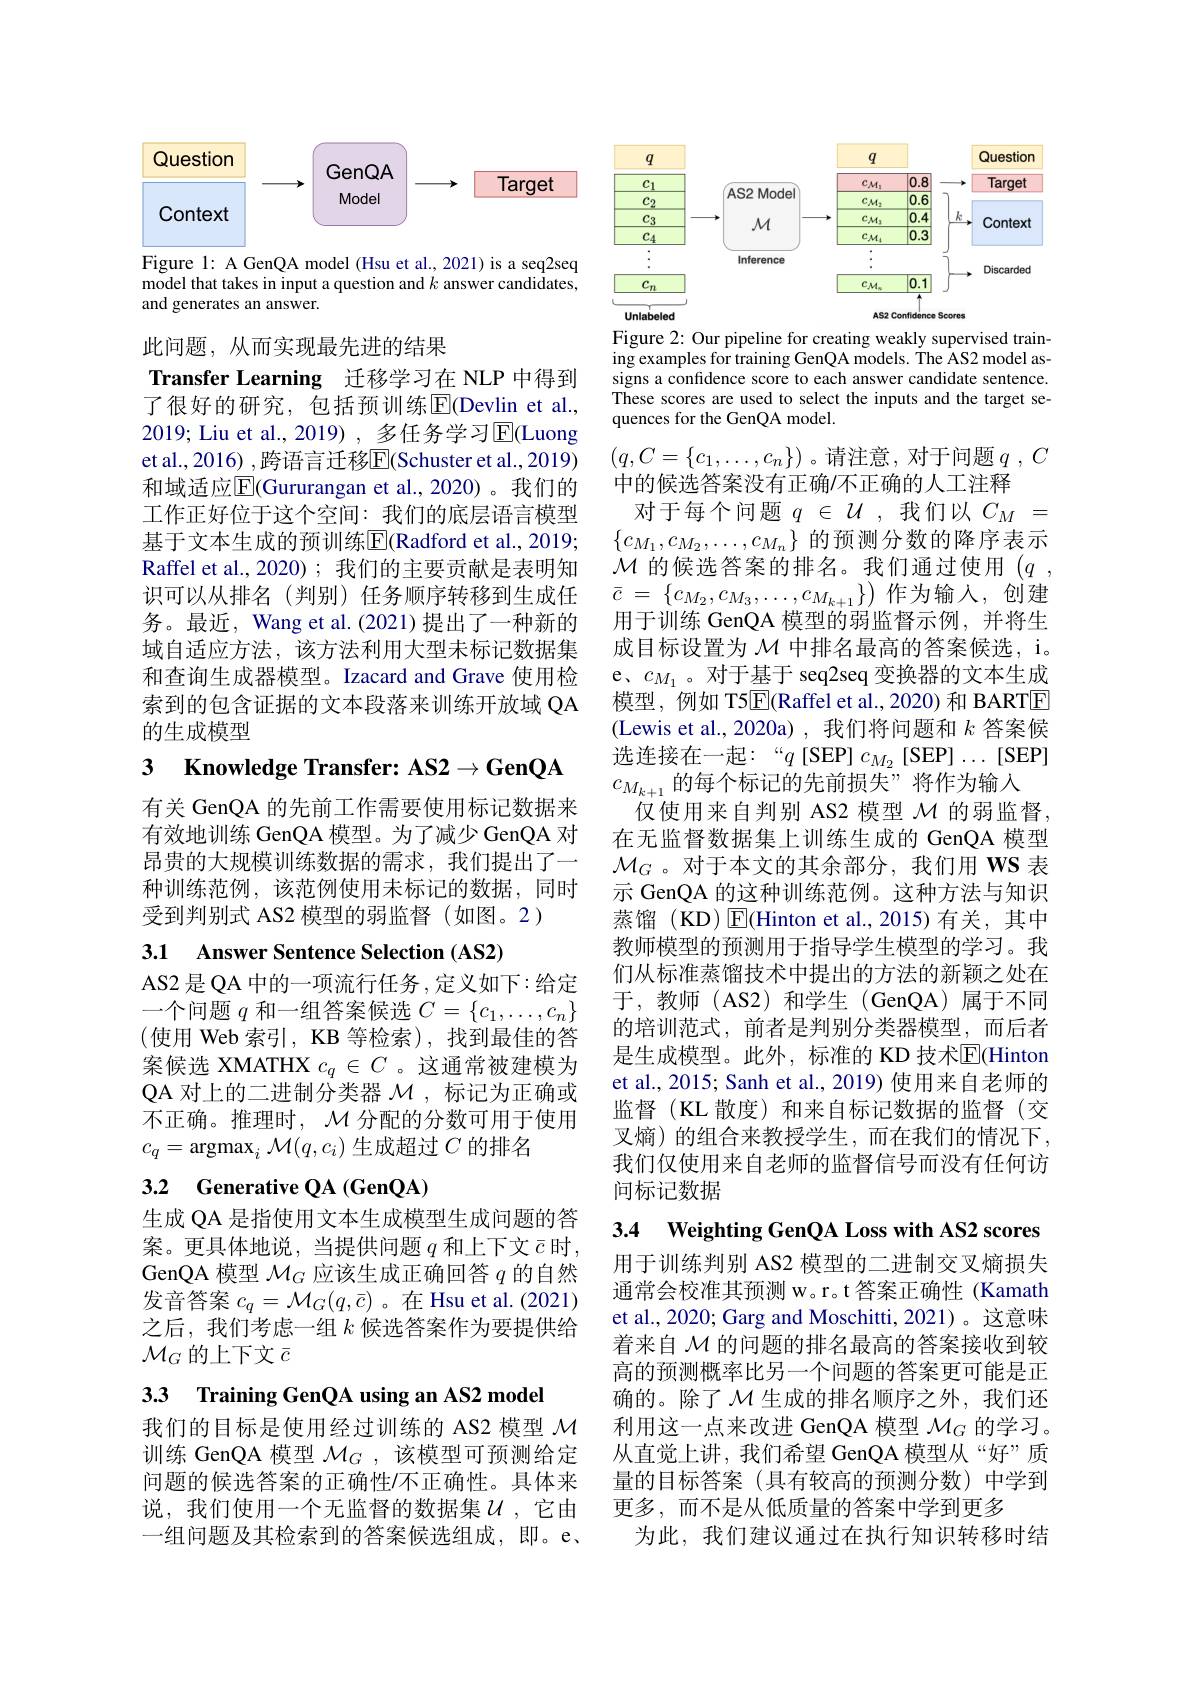
<FigureHere>

Figure 1: A GenQA model (Hsu et al.,2021) is a seq2seq model that takes in input a question and $k$ answer candidates, and generates an answer.

此问题，从而实现最先进的结果

Transfer Learning 迁移学习在 NLP 中得到了很好的研究，包括预训练$\operatorname{E}($Devlin et al., 2019; Liu et al., 2019) , 多任务学习$\overline{\mathrm{E}}$(Luong et al.,2016) ,跨语言迁移$\overline{\mathrm{E}}($Schuster et al.,2019) 和域适应$\operatorname{E}$(Gururangan et al.,2020)。我们的工作正好位于这个空间：我们的底层语言模型基于文本生成的预训练$\overline{\mathrm{E}}($Radford et al., 2019; Raffel et al., 2020); 我们的主要贡献是表明知识可以从排名(判别)任务顺序转移到生成任务。最近，Wang et al. (2021)提出了一种新的域自适应方法，该方法利用大型未标记数据集和查询生成器模型。Izacard and Grave 使用检索到的包含证据的文本段落来训练开放域 QA 的生成模型

3 Knowledge Transfer: AS2$\to$GenQA

有关 GenQA 的先前工作需要使用标记数据来有效地训练 GenQA 模型。为了减少 GenQA 对昂贵的大规模训练数据的需求，我们提出了一种训练范例，该范例使用未标记的数据，同时受到判别式 AS2 模型的弱监督 (如图。2)

3.1 Answer Sentence Selection (AS2)

AS2 是 QA 中的一项流行任务 ,定义如下：给定一个问题$q$和一组答案候选$C=\{c_1,\ldots,c_n\}$ (使用 Web 索引，KB 等检索),找到最佳的答案候选 XMATHX $c_q\in C$ 。这通常被建模为QA 对上的二进制分类器$\mathcal{M}$ ,标记为正确或不正确。推理时，$\mathcal{M}$分配的分数可用于使用$c_q=\operatorname{argmax}_i\mathcal{M}(q,c_i)$生成超过$C$的排名

# 3.2 Generative QA (GenQA)

生成 QA 是指使用文本生成模型生成问题的答案。更具体地说，当提供问题$q$和上下文$\bar{c}$时， GenQA 模型$\mathcal{M}_G$应该生成正确回答$q$的自然发音答案$c_q=\mathcal{M}_G(q,\bar{c})$ 。在 Hsu et al.(2021) 之后，我们考虑一组$k$候选答案作为要提供给$\mathcal{M}_{G}$的上下文 $\bar{c}$

3.3 Training GenQA using an AS2 model

我们的目标是使用经过训练的 AS2 模型$\mathcal{M}$ 训练 GenQA 模型$\mathcal{M}_G$,该模型可预测给定问题的候选答案的正确性/不正确性。具体来说，我们使用一个无监督的数据集$\mathcal{U}$,它由一组问题及其检索到的答案候选组成，即。e、

<FigureHere>

Figure 2: Our pipeline for creating weakly supervised training examples for training GenQA models. The AS2 model assigns a confidence score to each answer candidate sentence. These scores are used to select the inputs and the target sequences for the GenQA model.

$(q,C=\{c_1,\ldots,c_n\})$。请注意，对于问题$q,C$
中的候选答案没有正确/不正确的人工注释
对于每个问题$q\in\mathcal{U}$ ,我们以$C_M=$ $\{c_{M_1},c_{M_2},\ldots,c_{M_n}\}$的预测分数的降序表示$\mathcal{M}$ 的候选答案的排名。我们通过使用$(q$, $\bar{c}$ = $\{ c_{M_{2}}, c_{M_{3}}, \ldots , c_{M_{k+ 1}}\} )$作为输入，创建用于训练 GenQA 模型的弱监督示例，并将生成目标设置为$\mathcal{M}$中排名最高的答案候选，i。e、$c_{M_1}$。对于基于 seq2seq 变换器的文本生成模型，例如 T5$\boxed{\mathrm{F}}($Raffel et al.,2020) 和 BARTE (Lewis et al.,2020a),我们将问题和$k$答案候选连接在一起：“$q$[SEP]$c_{M_2}$[SEP]...[SEP] $c_{M_{k+1}}$的每个标记的先前损失”将作为输入
仅使用来自判别 AS2 模型$\mathcal{M}$的弱监督， 在无监督数据集上训练生成的 GenQA 模型$\mathcal{M}_G$。对于本文的其余部分，我们用 WS 表示 GenQA 的这种训练范例。这种方法与知识蒸馏(KD)E(Hinton et al.,2015)有关，其中教师模型的预测用于指导学生模型的学习。我们从标准蒸馏技术中提出的方法的新颖之处在于，教师(AS2)和学生(GenQA)属于不同的培训范式，前者是判别分类器模型，而后者是生成模型。此外，标准的 KD 技术$\overline{\mathrm{E}}$(Hinton et al., 2015; Sanh et al., 2019) 使用来自老师的监督(KL 散度)和来自标记数据的监督(交叉熵)的组合来教授学生，而在我们的情况下， 我们仅使用来自老师的监督信号而没有任何访问标记数据

3.4 Weighting GenQA Loss with AS2 scores

用于训练判别 AS2 模型的二进制交叉熵损失通常会校准其预测 w。r。t 答案正确性 (Kamath et al., 2020; Garg and Moschitti, 2021)。这意味着来自$\mathcal{M}$的问题的排名最高的答案接收到较高的预测概率比另一个问题的答案更可能是正确的。除了$\mathcal{M}$生成的排名顺序之外，我们还利用这一点来改进 GenQA 模型$\mathcal{M}_G$的学习。从直觉上讲，我们希望 GenQA 模型从“好”质量的目标答案(具有较高的预测分数)中学到更多，而不是从低质量的答案中学到更多
为此，我们建议通过在执行知识转移时结